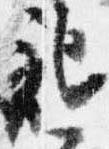
記